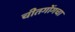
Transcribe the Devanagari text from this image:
चीतगोंगचा